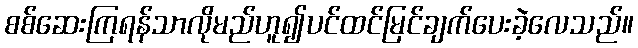
စစ်ဆေးကြရန်သာလိုမည်ဟူ၍ပင်ထင်မြင်ချက်ပေးခဲ့လေသည်။